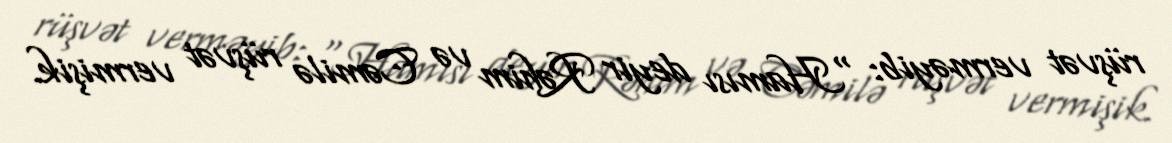
rüşvət verməyib: "Hamısı deyir Rəhim və Cəmilə rüşvət vermişik.